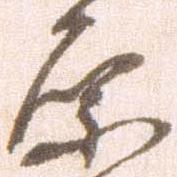
原